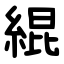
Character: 緄